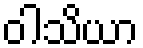
ဝါသိယာ